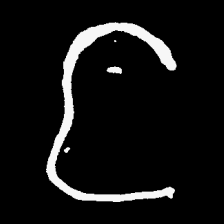
Pyu character \u2014 Myanmar letter: င (romanized: nga)